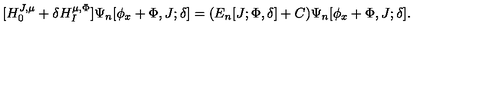
[ H _ { 0 } ^ { J , \mu } + \delta H _ { I } ^ { \mu , \Phi } ] \Psi _ { n } [ \phi _ { x } + \Phi , J ; \delta ] = ( E _ { n } [ J ; \Phi , \delta ] + C ) \Psi _ { n } [ \phi _ { x } + \Phi , J ; \delta ] .